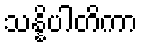
သန္နိပါတိကာ